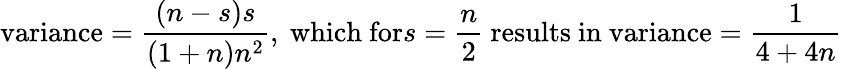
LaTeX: {\mathrm{variance}}={\frac{(n-s)s}{(1+n)n^{2}}},{\mathrm{~which~for}}s={\frac{n}{2}}{\mathrm{~results~in~variance}}={\frac{1}{4+4n}}